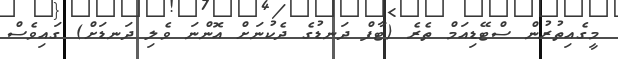
މީގެއިތުރުން ސްޓޭޑިއަމް ތެރެ (ޓާފް ދަނޑުގެ ދެކުނަށް އޮންނަ ވެލި ދަނޑަށް) ގައިވެސް